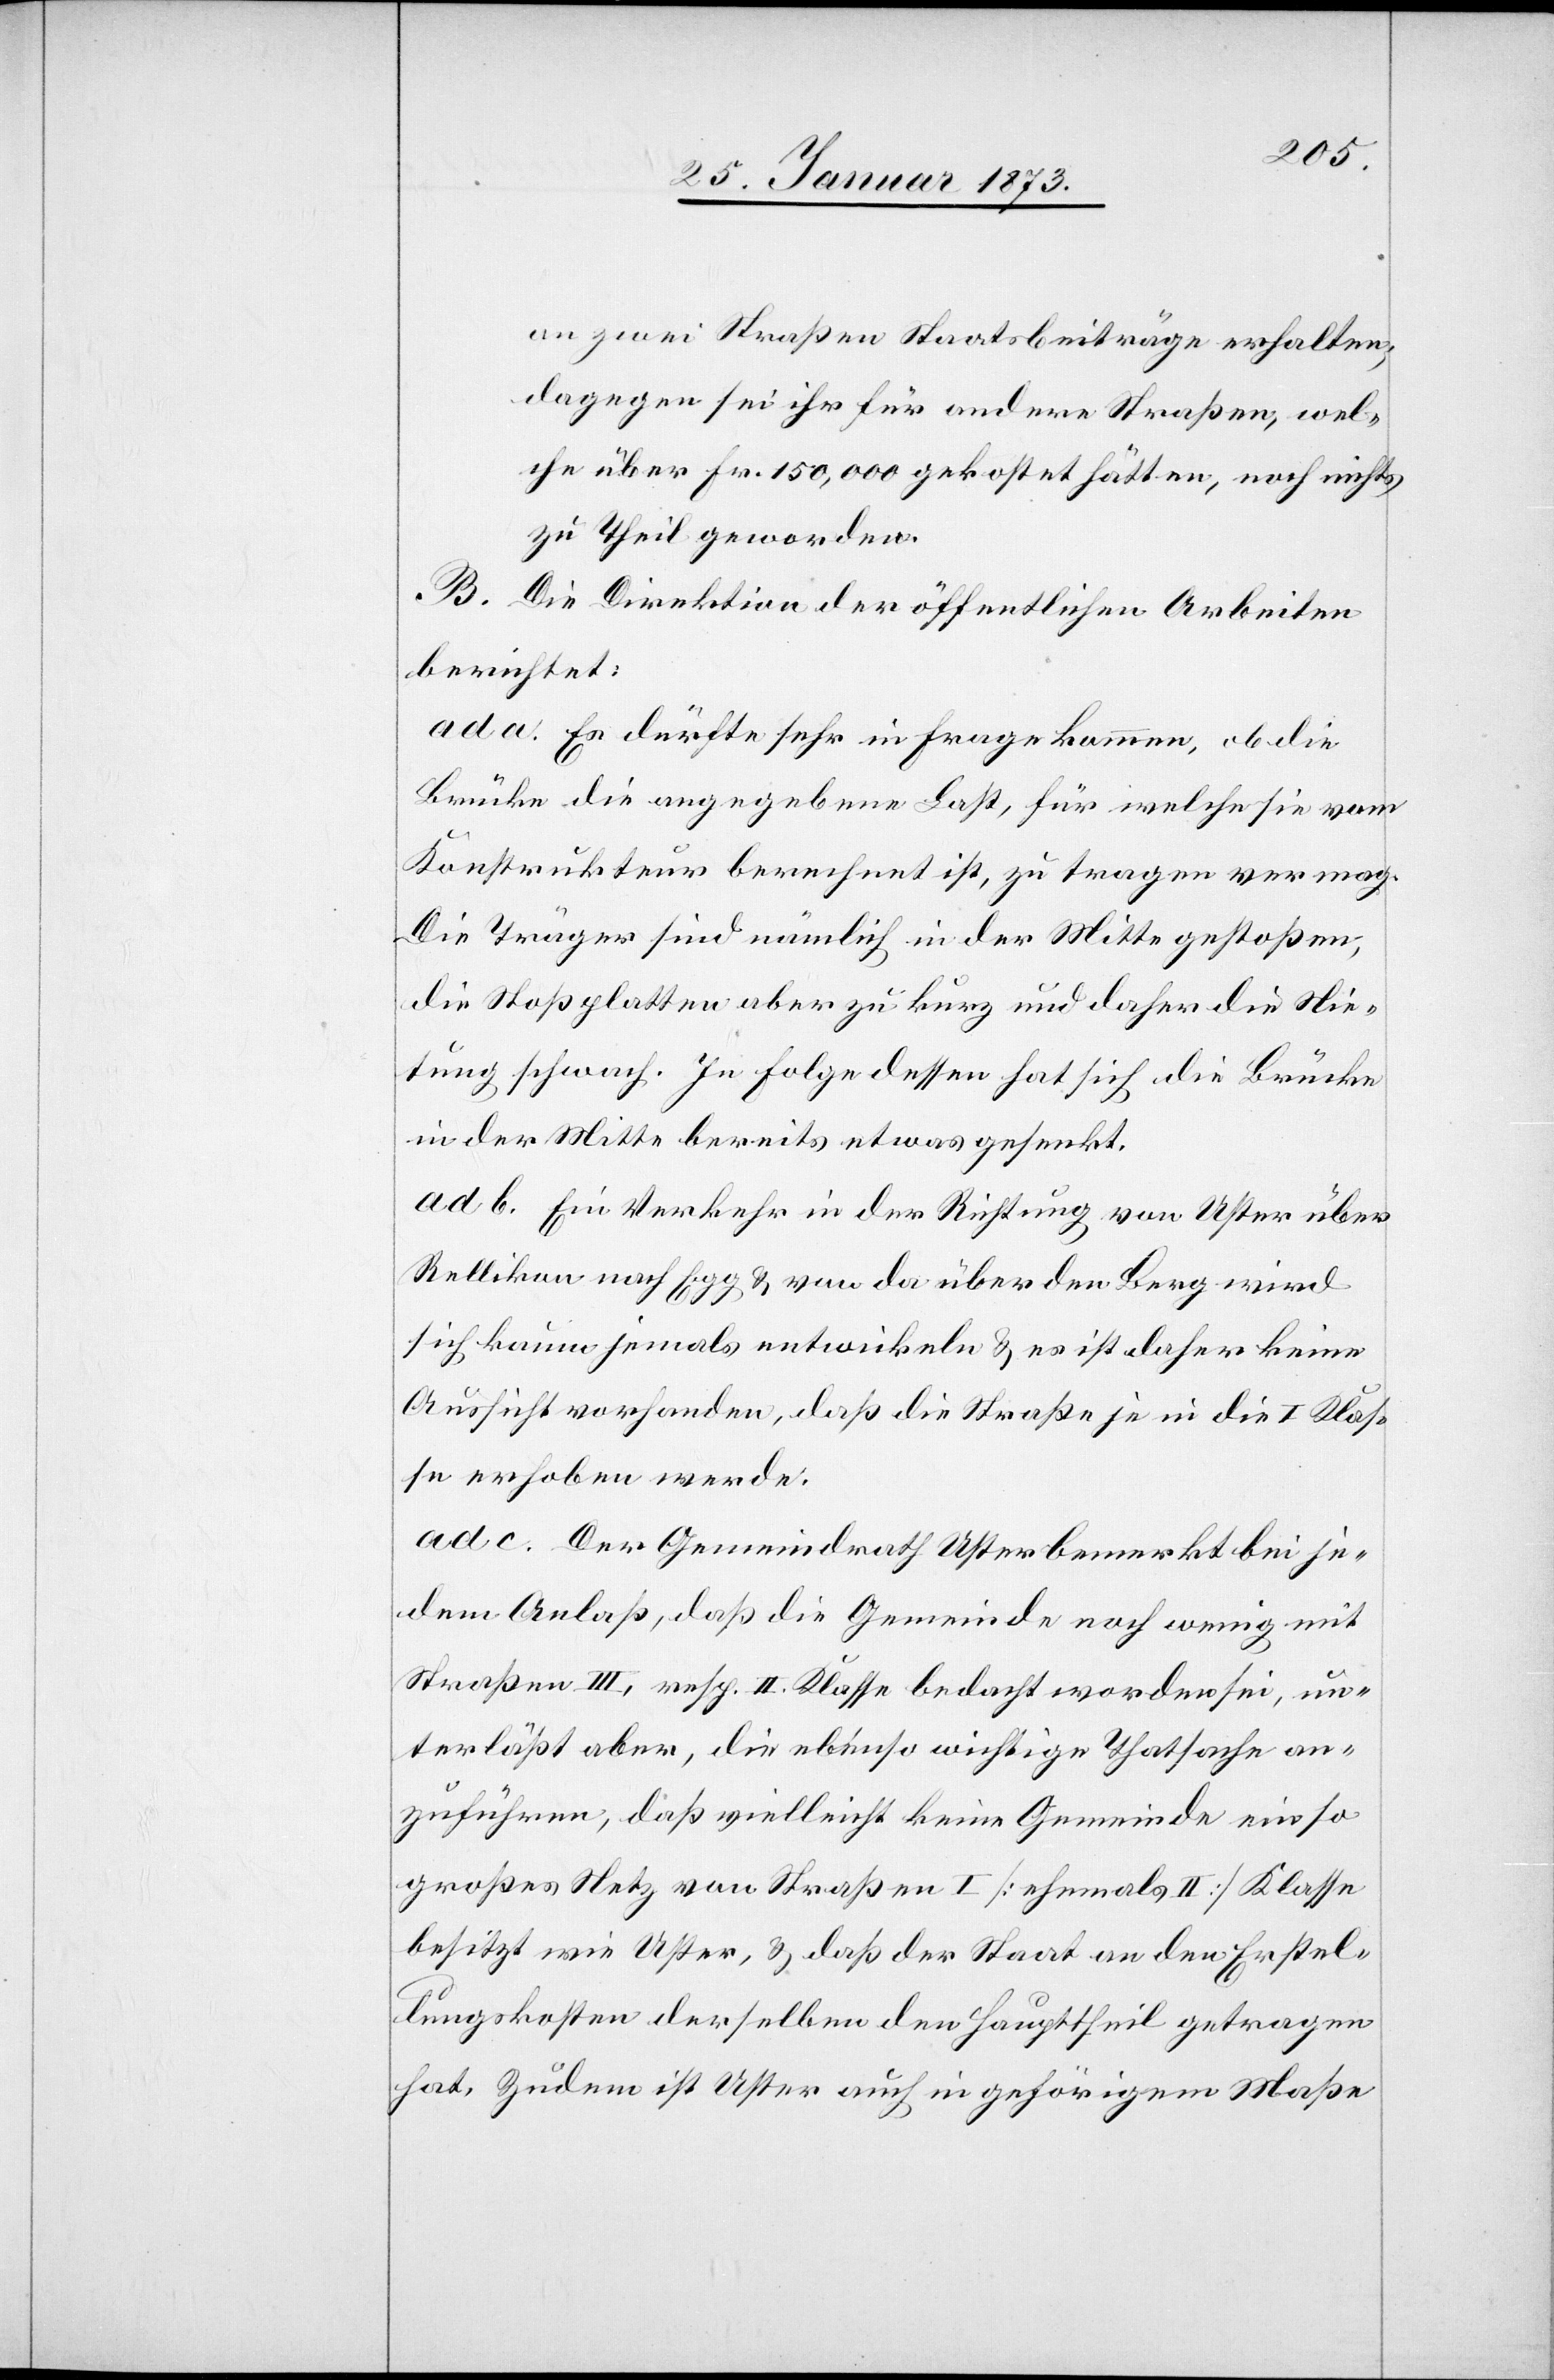
an zwei Straßen Staatsbeiträge erhalten,
dagegen sei ihr für andere Straßen, wel¬
che über Fr. 150,000 gekostet hätten, noch nichts
zu Theil geworden.
B. Die Direktion der öffentlichen Arbeiten
berichtet:
ad a. Es dürfte sehr in Frage kommen, ob die
Brücke die angegebene Last, für welche sie vom
Konstrukteur berechnet ist, zu tragen vermag.
Die Träger sind nämlich in der Mitte gestoßen,
die Stoßplatten aber zu kurz und daher die Nie¬
tung schwach. In Folge dessen hat sich die Brücke
in der Mitte bereits etwas gesenkt.
ad b. Ein Verkehr in der Richtung von Uster über
Rellikon nach Egg u. von da über den Berg wird
sich kaum jemals entwickeln u. es ist daher keine
Aussicht vorhanden, daß die Straße je in die I. Klas¬
se erhoben werde.
ad c. Der Gemeindrath Uster bemerkt bei je¬
dem Anlaß, daß die Gemeinde noch wenig mit
Straßen III., resp. II. Klasse bedacht worden sei, un¬
terläßt aber, die ebenso wichtige Thatsache an¬
zufügen, daß vielleicht keine Gemeinde ein so
großes Netz von Straßen I. [ehemals II.] Klasse
besitzt wie Uster, u. daß der Staat an den Erstel¬
lungskosten derselben den Haupttheil getragen
hat. Zudem ist Uster auch in gehörigem Maße